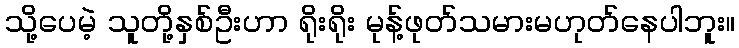
သို့ပေမဲ့ သူတို့နှစ်ဦးဟာ ရိုးရိုး မုန့်ဖုတ်သမားမဟုတ်နေပါဘူး။